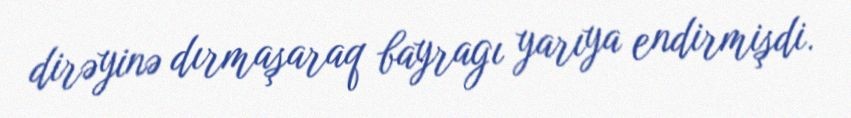
dirəyinə dırmaşaraq bayragı yarıya endirmişdi.